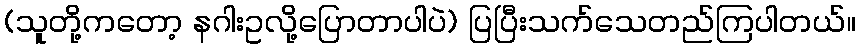
(သူတို့ကတော့ နဂါးဥလို့ပြောတာပါပဲ) ပြပြီးသက်သေတည်ကြပါတယ်။